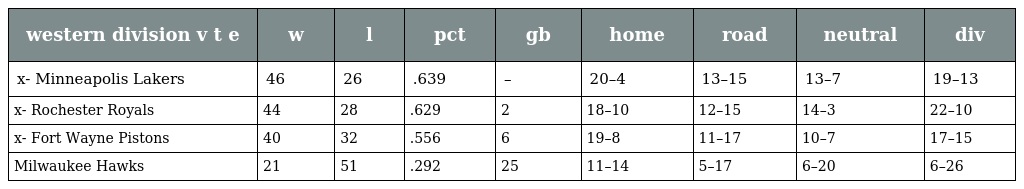
| western division v t e | w | l | pct | gb | home | road | neutral | div |
 | --- | --- | --- | --- | --- | --- | --- | --- | --- |
 | x- Minneapolis Lakers | 46 | 26 | .639 | – | 20–4 | 13–15 | 13–7 | 19–13 |
 | x- Rochester Royals | 44 | 28 | .629 | 2 | 18–10 | 12–15 | 14–3 | 22–10 |
 | x- Fort Wayne Pistons | 40 | 32 | .556 | 6 | 19–8 | 11–17 | 10–7 | 17–15 |
 | Milwaukee Hawks | 21 | 51 | .292 | 25 | 11–14 | 5–17 | 6–20 | 6–26 |